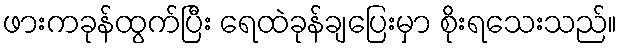
ဖားကခုန်ထွက်ပြီး ရေထဲခုန်ချပြေးမှာ စိုးရသေးသည်။